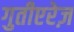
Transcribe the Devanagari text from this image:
गुतीएरेज़